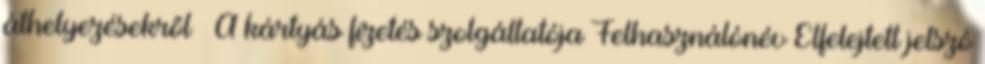
áthelyezésekről » A kártyás fizetés szolgáltatója Felhasználónév Elfelejtett jelszó